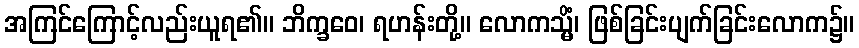
အကြင်ကြောင့်လည်းယူရ၏။ ဘိက္ခဝေ၊ ရဟန်းတို့။ လောကသ္မိံ၊ ဖြစ်ခြင်းပျက်ခြင်းလောက၌။